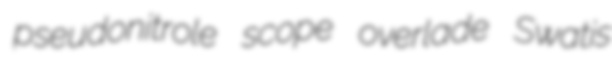
pseudonitrole scope overlade Swatis